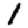
Digit: 1